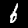
Digit: 6